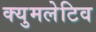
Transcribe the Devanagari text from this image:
क्युमलेटिव